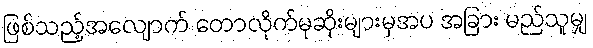
ဖြစ်သည့်အလျောက် တောလိုက်မုဆိုးများမှအပ အခြား မည်သူမျှ